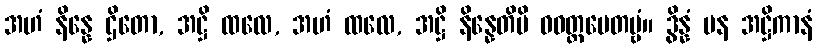
အဟံ နိန္နေ ဌိတော, အဋ္ဌိ ထလေ, အဟံ ထလေ, အဋ္ဌိ နိန္နေတိပိ ဝဝတ္ထပေတဗ္ဗံ။ ဒွိန္နံ ပန အဋ္ဌိကာနံ